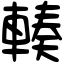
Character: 輳